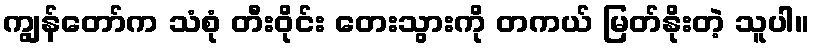
ကျွန်တော်က သံစုံ တီးဝိုင်း တေးသွားကို တကယ် မြတ်နိုးတဲ့ သူပါ။